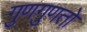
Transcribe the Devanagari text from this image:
गुणगुणतो